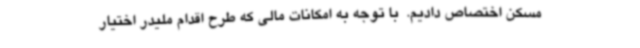
مسکن اختصاص دادیم. ‌ با توجه به امکانات مالی که طرح اقدام ملیدر اختیار